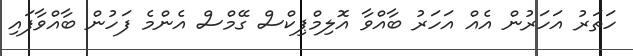
ހަތަރު އަހަރުން އެއް އަހަރު ބާއްވާ އޮލިމްޕިކްސް ގޭމްސް އެންމެ ފަހުން ބާއްވާފައި